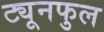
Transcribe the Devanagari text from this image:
ट्यूनफुल